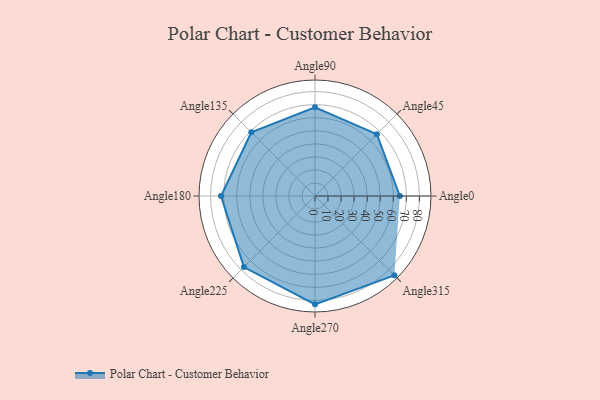
{"axis": {"x": "Angle", "y": "Radius"}, "legend": [""], "data": [{"x": "Angle0", "y": 65.0, "type": ""}, {"x": "Angle45", "y": 67.0, "type": ""}, {"x": "Angle90", "y": 68.0, "type": ""}, {"x": "Angle135", "y": 69.0, "type": ""}, {"x": "Angle180", "y": 72.0, "type": ""}, {"x": "Angle225", "y": 77.0, "type": ""}, {"x": "Angle270", "y": 83.0, "type": ""}, {"x": "Angle315", "y": 86.0, "type": ""}]}